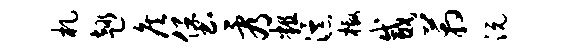
札趣侯堡看粗瀑檄咸箱沅